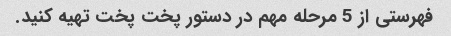
فهرستی از 5 مرحله مهم در دستور پخت پخت تهیه کنید.